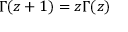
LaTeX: \Gamma ( z + 1 ) = z \Gamma ( z )